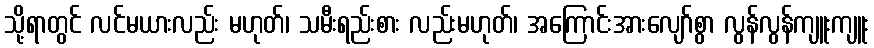
သို့ရာတွင် လင်မယားလည်း မဟုတ်၊ သမီးရည်းစား လည်းမဟုတ်၊ အကြောင်းအားလျော်စွာ လွန်လွန်ကျူးကျူး